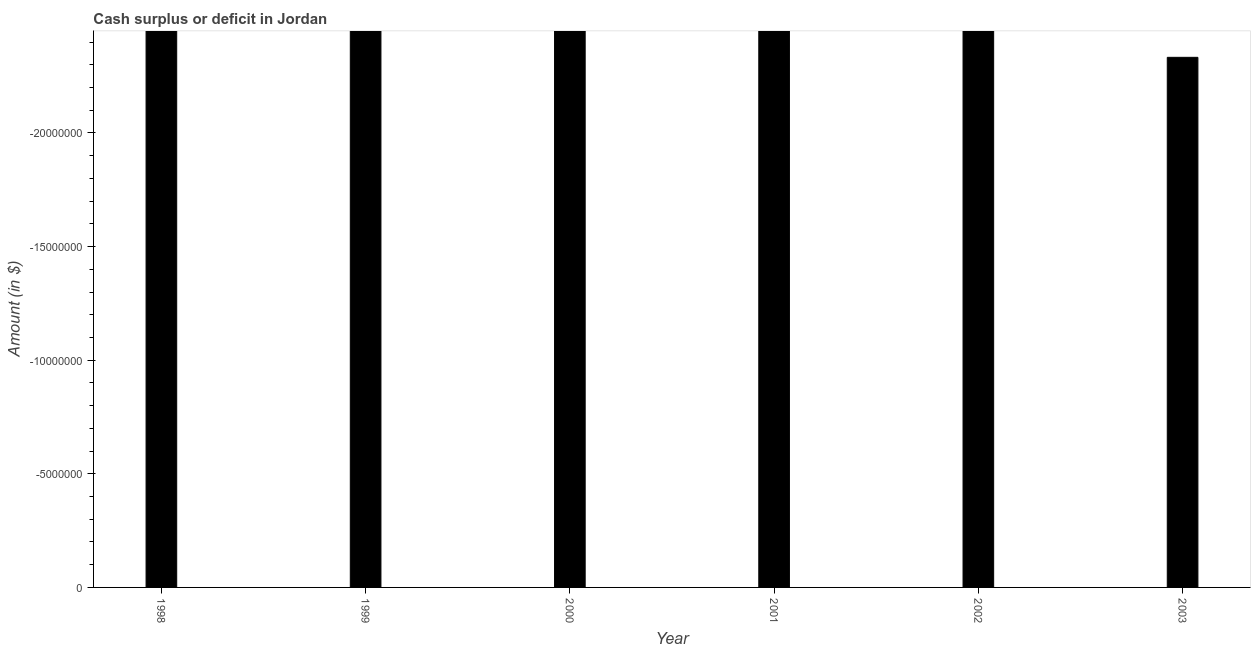
| Year | Cash surplus or deficit |
 | --- | --- |
 | 1998 | -2.82e+08 |
 | 1999 | -7.5e+07 |
 | 2000 | -1.22e+08 |
 | 2001 | -2e+08 |
 | 2002 | -2.12e+08 |
 | 2003 | -2.33e+07 |